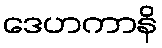
ဒေဟကာနိ